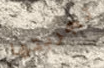
تجربتها